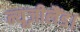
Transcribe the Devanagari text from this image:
न्यूज़ीलैंड।